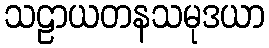
သဠာယတနသမုဒယာ